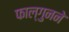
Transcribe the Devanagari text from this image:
फाल्गुनने